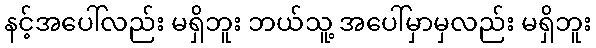
နင့်အပေါ်လည်း မရှိဘူး ဘယ်သူ့ အပေါ်မှာမှလည်း မရှိဘူး